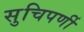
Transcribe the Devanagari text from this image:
सुचिपर्णी